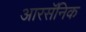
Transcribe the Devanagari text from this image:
आरसॅनिक